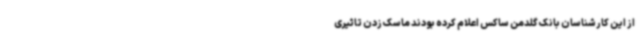
از این کارشناسان بانک گلدمن ساکس اعلام کرده بودند ماسک زدن تاثیری